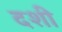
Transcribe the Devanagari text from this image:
दशी